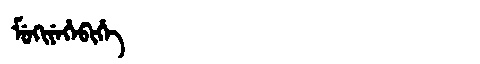
Manchu: ᠮᡠᡴᡳᠶᡝᡥᡝᠪᡳᡥᡝ
Romanization: MUKIYEHEBIHE